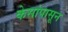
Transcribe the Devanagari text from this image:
केसांपासून